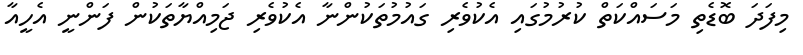
މިފަދަ ބޮޑެތި މަސައްކަތް ކުރުމުގައި އެކުވެރި ގައުމުތަކުންނާ އެކުވެރި ޖަމިއްޔާތަކުން ފަންނީ އެހީއާ